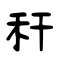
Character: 秆